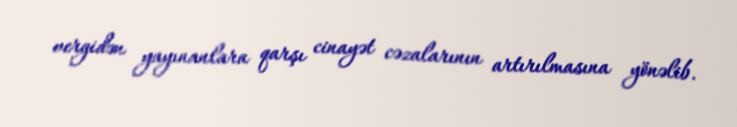
vergidən yayınanlara qarşı cinayət cəzalarının artırılmasına yönəlib.